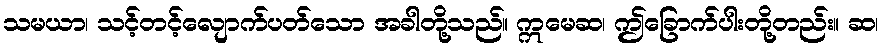
သမယာ၊ သင့်တင့်လျောက်ပတ်သော အခါတို့သည်။ ဣမေဆ၊ ဤခြောက်ပါးတို့တည်း။ ဆ၊